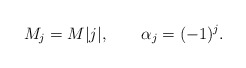
\begin{align*}M_j=M|j|,\qquad\alpha_j=(-1)^j.\end{align*}